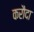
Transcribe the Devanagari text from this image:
करौदा